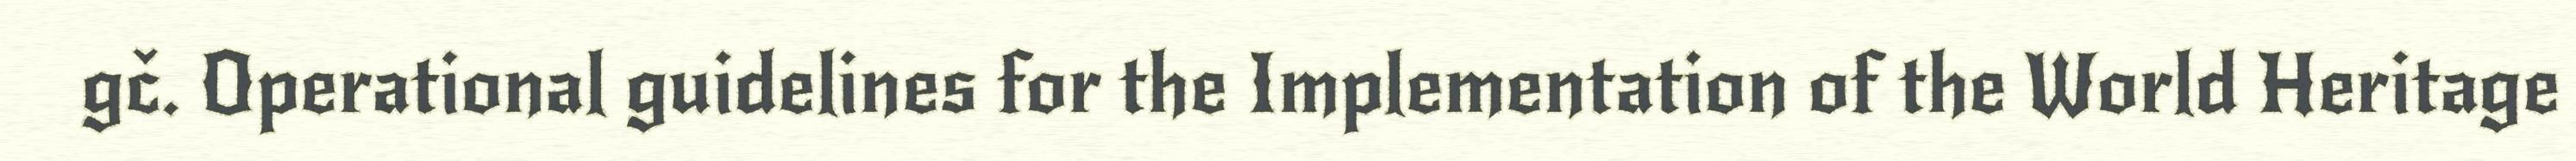
gč. Operational guidelines for the Implementation of the World Heritage